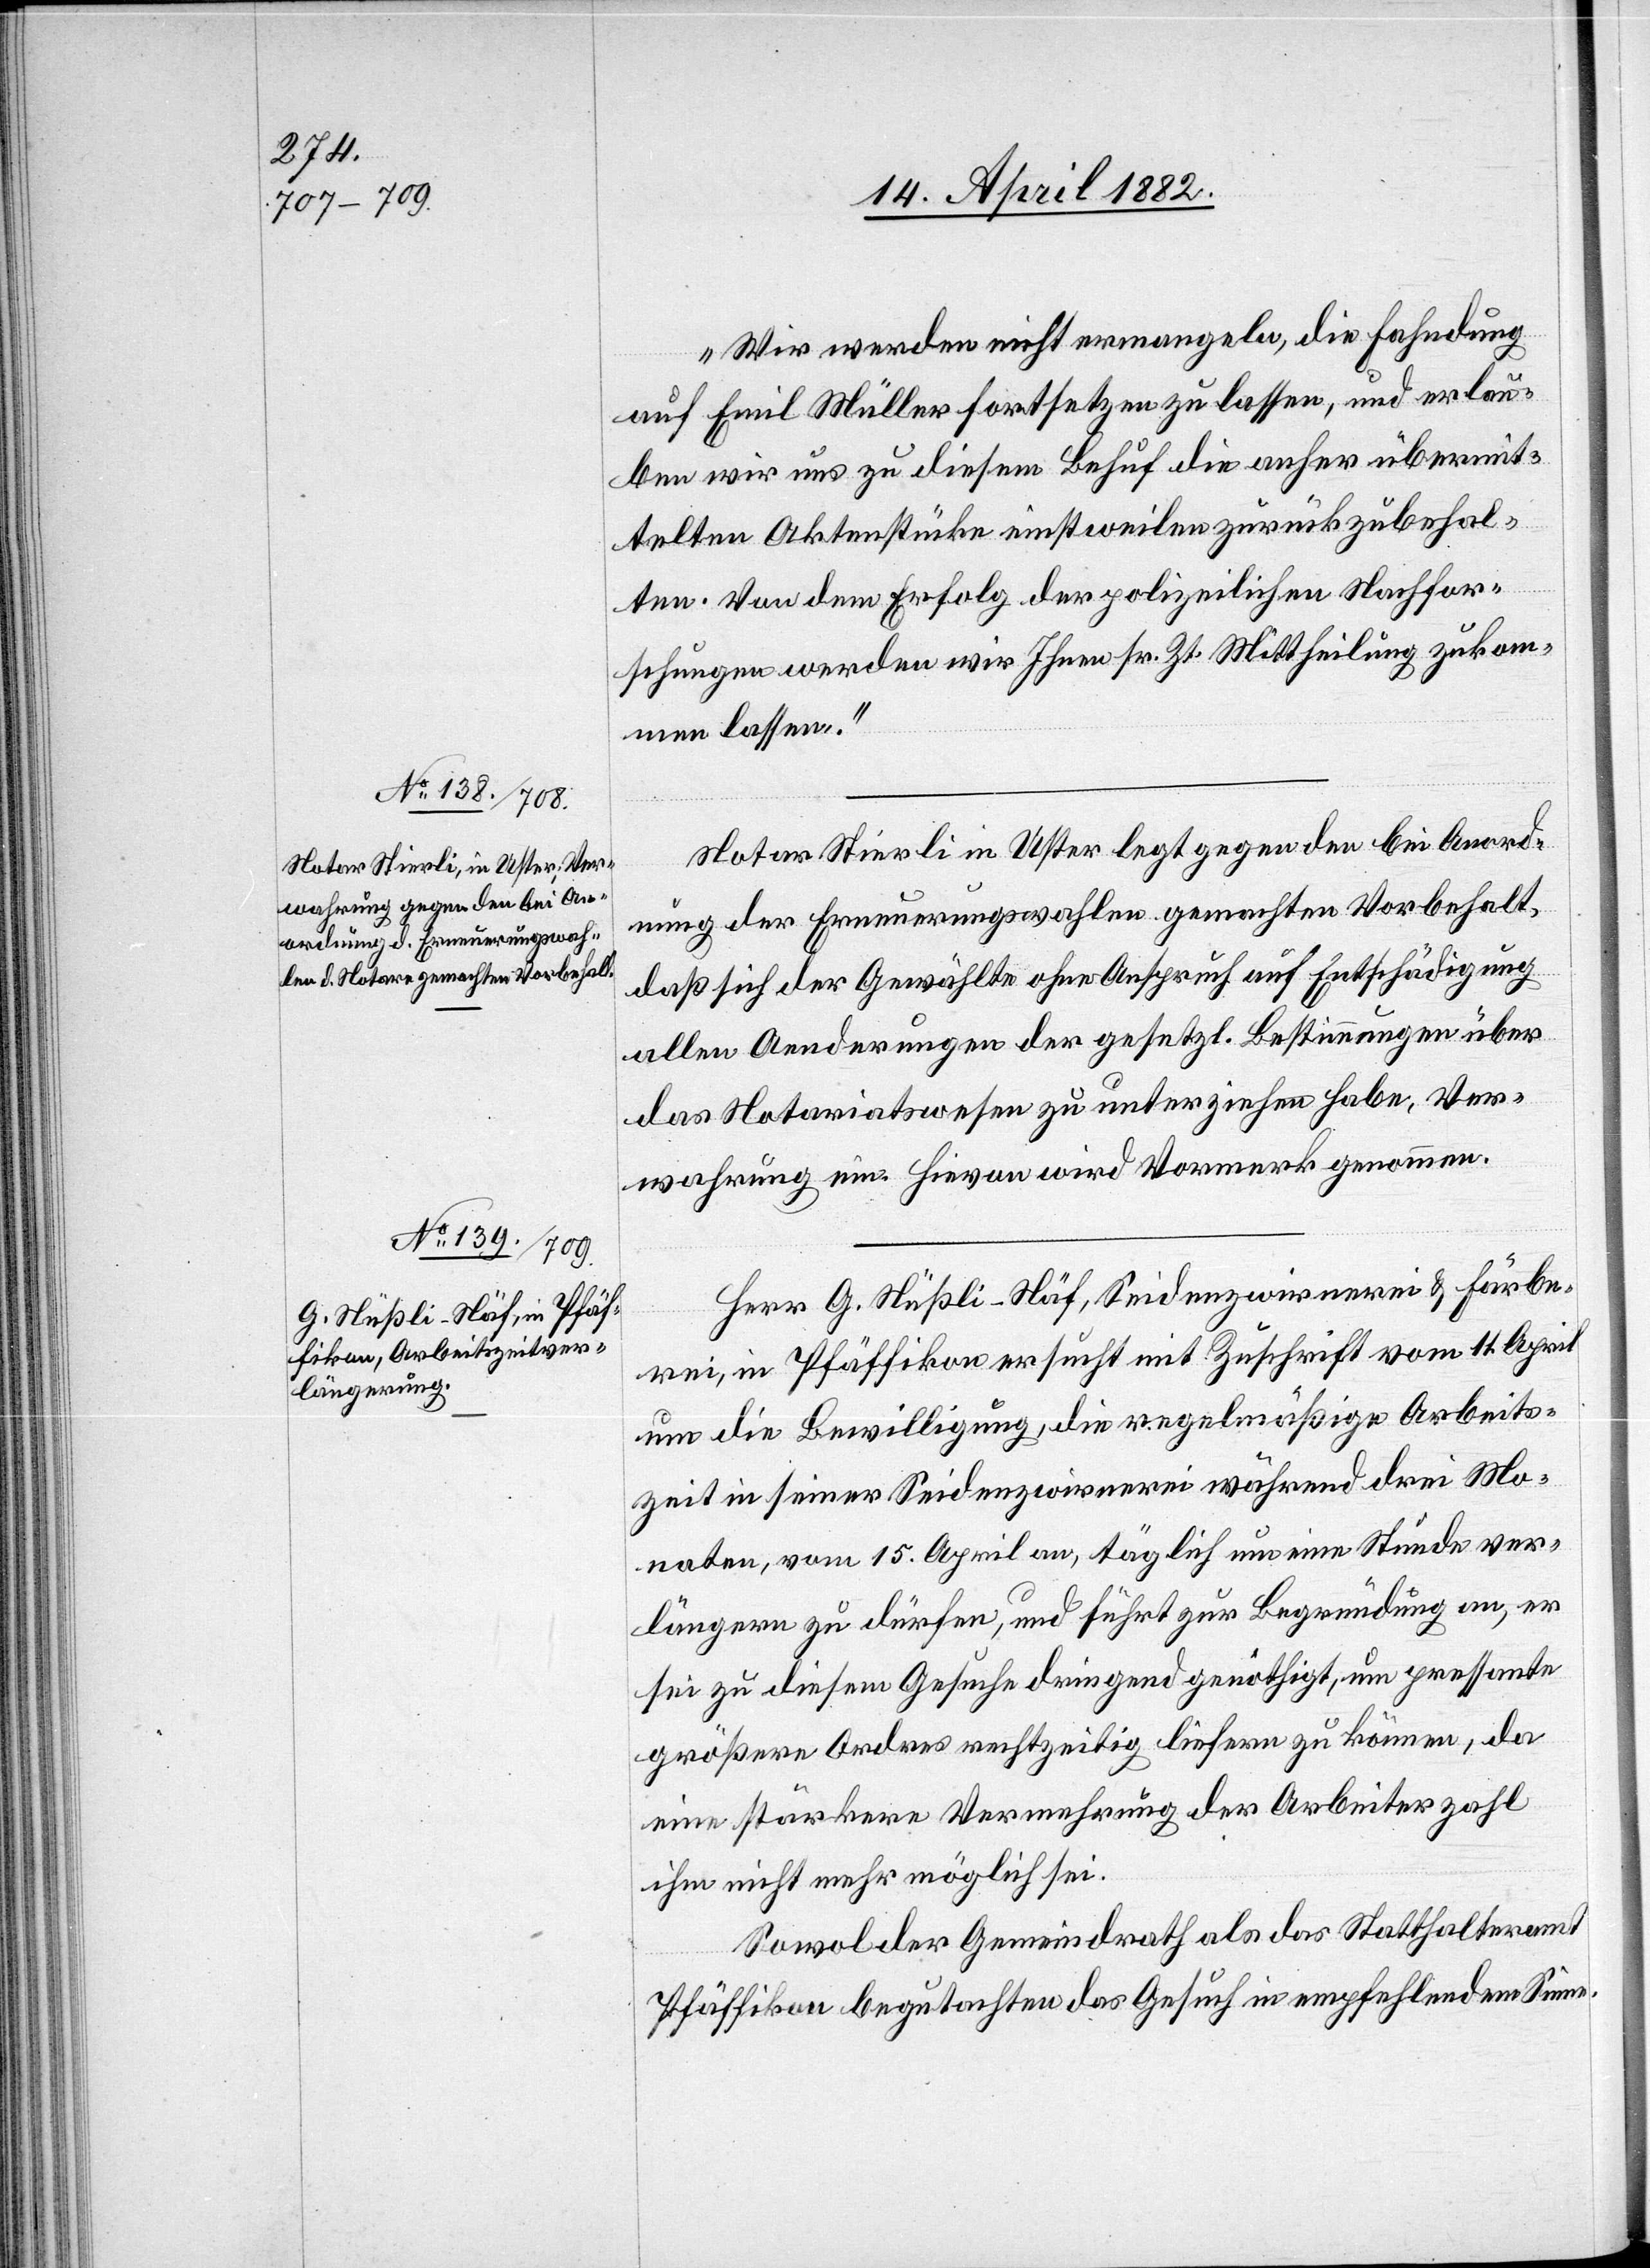
17. April 1882.]
Wir werden nicht ermangeln, die Fahndung
auf Emil Müller fortsetzen zu lassen, und erlau¬
ben wir uns zu diesem Behuf die anher übermit¬
telten Aktenstücke einstweilen zurückzubehal¬
ten. Von dem Erfolg der polizeilichen Nachfor¬
schungen werden wir Ihnen sr. Zt. Mittheilung zukom¬
men lassen.“
Notar Stierli in Uster legt gegen den bei Anord¬
nung der Erneuerungswahlen gemachten Vorbehalt,
daß sich der Gewählte ohne Anspruch auf Entschädigung
allen Aenderungen der gesetzl. Bestimmungen über
das Notariatswesen zu unterziehen habe, Ver¬
wahrung ein. Hievon wird Vormerk genommen.
Herr G. Nüßli-Näf, Seidenzwirnerei & Färbe¬
rei, in Pfäffikon ersucht mit Zuschrift vom 11. April
um die Bewilligung, die regelmäßige Arbeits¬
zeit in seiner Seidenzwirnerei während drei Mo¬
naten, vom 15. April an, täglich um eine Stunde ver¬
längern zu dürfen, und führt zur Begründung an, er
sei zu diesem Gesuche dringend genöthigt, um pressante
größere Ordres rechtzeitig liefern zu können, da
eine stärkere Vermehrung der Arbeiterzahl
ihm nicht mehr möglich sei.
Sowol der Gemeindrath als das Statthalteramt
Pfäffikon begutachten das Gesuch in empfehlendem Sinne.